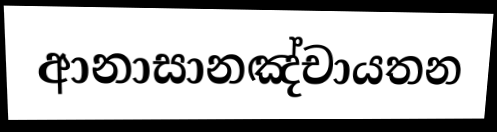
ආනාසානඤ්චායතන